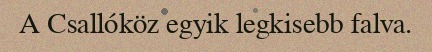
A Csallóköz egyik legkisebb falva.